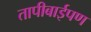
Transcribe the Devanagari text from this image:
तापीबाईपण